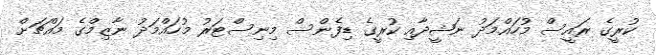
ކުރީގެ ރައީސް މުހައްމަދު ނަޝީދާއި ކުރީގެ ޑިފެންސް މިނިސްޓަރު މުހައްމަދު ނާޒިމްގެ މައްޗަށް